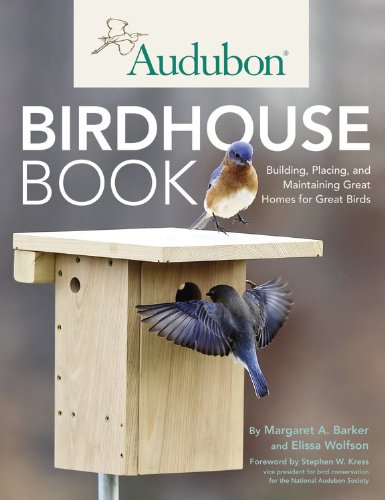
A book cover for Audubon Birdhouse Book: Building, Placing, and Maintaining Great Homes for Great Birds; Margaret A. Barker; Crafts, Hobbies & Home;